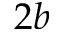
2 b